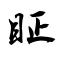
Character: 眐